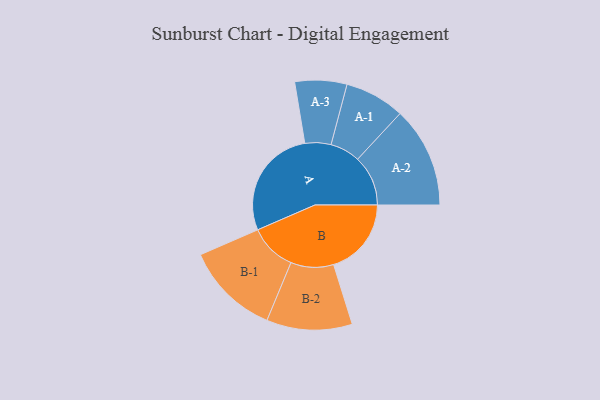
{"axis": {"x": "Segment", "y": "Value"}, "legend": ["", "A", "B"], "data": [{"x": "A", "y": 497, "type": ""}, {"x": "B", "y": 347, "type": ""}, {"x": "A-1", "y": 134, "type": "A"}, {"x": "A-2", "y": 225, "type": "A"}, {"x": "A-3", "y": 116, "type": "A"}, {"x": "B-1", "y": 210, "type": "B"}, {"x": "B-2", "y": 191, "type": "B"}]}